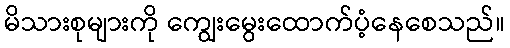
မိသားစုများကို ကျွေးမွေးထောက်ပံ့နေစေသည်။